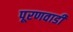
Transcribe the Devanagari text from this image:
पूरणवाडी